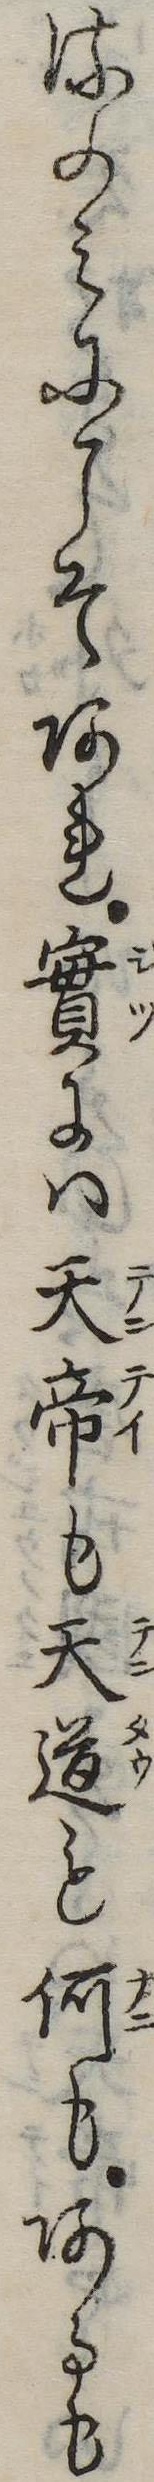
るのみにこそあれ実には天帝も天道も何もあるも